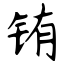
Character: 铕